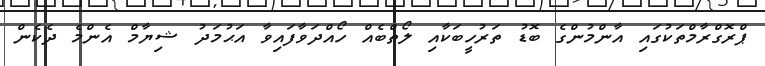
ޕްރޮގްރާމްތަކުގައި އާންމުންގެ ބޮޑު ތަރުހީބަކާއި ލޯތްބެއް ހޯއްދަވާފައިވާ އަޙުމަދު ޝިޔާމް އެންމެ ދެކެން